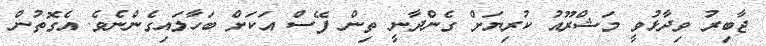
ޖާބިރު ވިދާޅުވީ މަޝްރޫއު ކުރިޔަށް ގެންދާނީ ތިން ފޭސް އަކަށް ބަހާލައިގެންނެވެ. އެގޮތުން